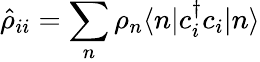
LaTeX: \hat{\rho}_{ii}=\sum_{n}\rho_{n}\langle n|c_{i}^{\dagger}c_{i}|n\rangle